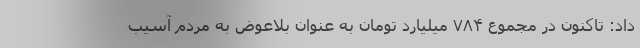
داد: تاکنون در مجموع ۷۸۴ میلیارد تومان به عنوان بلاعوض به مردم آسیب